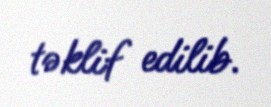
təklif edilib.